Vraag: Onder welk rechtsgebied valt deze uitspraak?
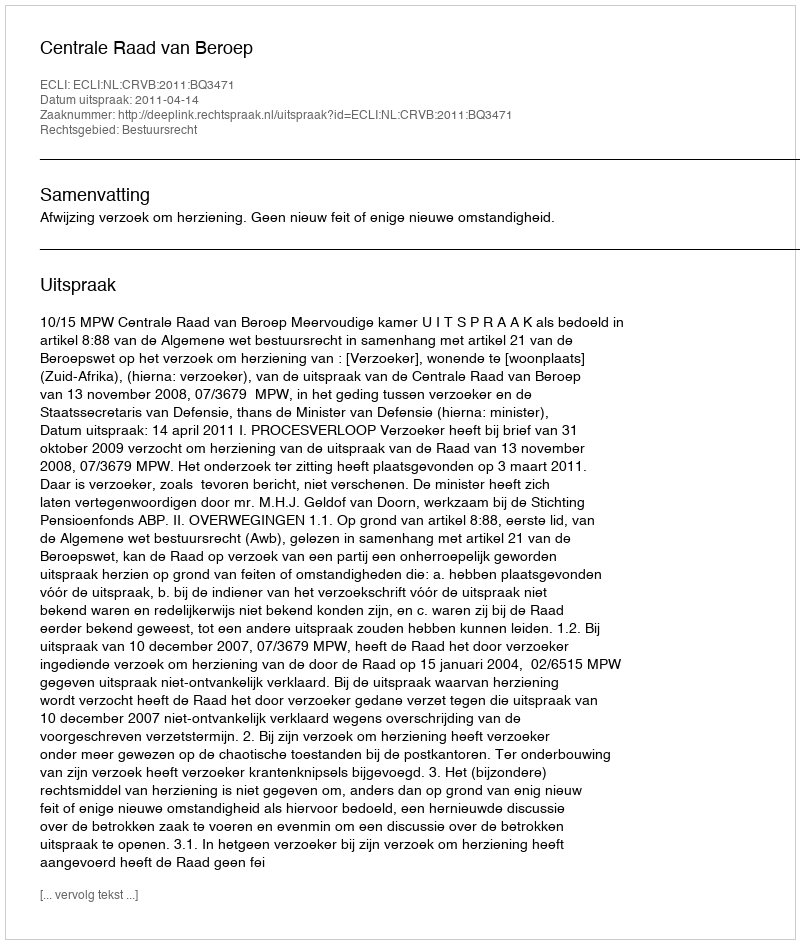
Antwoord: Bestuursrecht